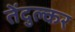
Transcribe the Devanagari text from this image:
तेंदुल्कर